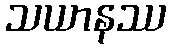
သယာနဿ